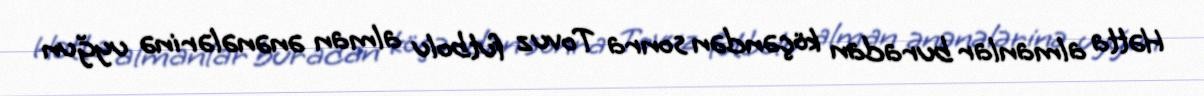
Hətta almanlar buradan köçəndən sonra Tovuz futbolu alman ənənələrinə uyğun